Plague in India, 1896, 1897 - Volume 1
Year: 1896
Disease focus: Plague
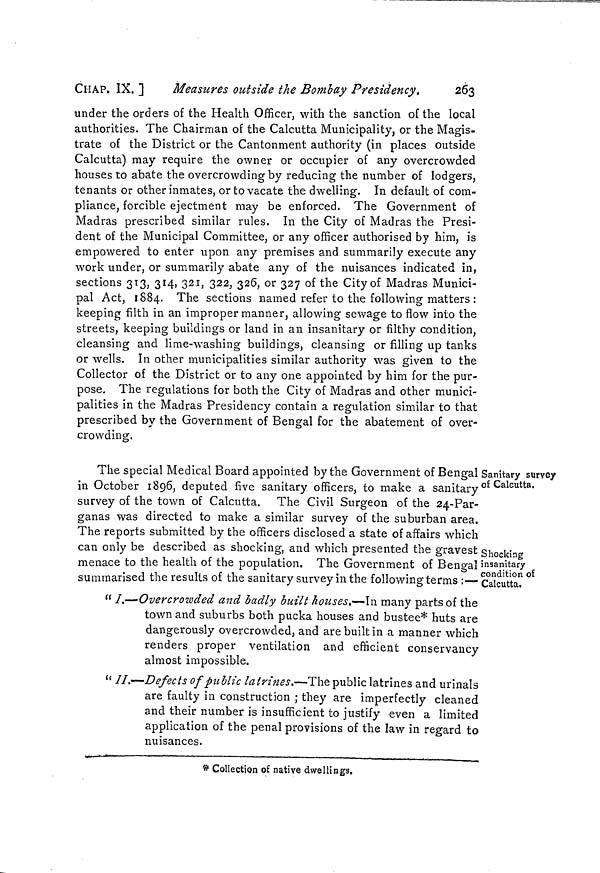
CHAP. IX. ]
Measures outside the Bombay Presidency.
263
under the orders of the Health Officer, with the sanction of the local
authorities. The Chairman of the Calcutta Municipality, or the Magis-
trate of the District or the Cantonment authority (in places outside
Calcutta) may require the owner or occupier of any overcrowded
houses to abate the overcrowding by reducing the number of lodgers,
tenants or other inmates, or to vacate the dwelling. In default of com-
pliance, forcible ejectment may be enforced. The Government of
Madras prescribed similar rules. In the City of Madras the Presi-
dent of the Municipal Committee, or any officer authorised by him, is
empowered to enter upon any premises and summarily execute any
work under, or summarily abate any of the nuisances indicated in,
sections 313, 314, 321, 322, 326, or 327 of the City of Madras Munici-
pal Act, 1884. The sections named refer to the following matters :
keeping filth in an improper manner, allowing sewage to flow into the
streets, keeping buildings or land in an insanitary or filthy condition,
cleansing and lime-washing buildings, cleansing or filling up tanks
or wells. In other municipalities similar authority was given to the
Collector of the District or to any one appointed by him for the pur-
pose. The regulations for both the City of Madras and other munici-
palities in the Madras Presidency contain a regulation similar to that
prescribed by the Government of Bengal for the abatement of over-
crowding.
Sanitary survey
of Calcutta.
Shocking
insanitary
condition of
Calcutta.
The special Medical Board appointed by the Government of Bengal
in October 1896, deputed five sanitary officers, to make a sanitary
survey of the town of Calcutta. The Civil Surgeon of the 24-Par-
ganas was directed to make a similar survey of the suburban area.
The reports submitted by the officers disclosed a state of affairs which
can only be described as shocking, and which presented the gravest
menace to the health of the population. The Government of Bengal
summarised the results of the sanitary survey in the following terms :—
" I.—Overcrowded and badly built houses.—In many parts of the
town and suburbs both pucka houses and bustee* huts are
dangerously overcrowded, and are built in a manner which
renders proper ventilation and efficient conservancy
almost impossible.
" II.—Defects of public latrines.—The public latrines and urinals
are faulty in construction ; they are imperfectly cleaned
and their number is insufficient to justify even a limited
application of the penal provisions of the law in regard to
nuisances.
* Collection of native dwellings.